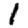
Digit: 1